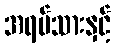
အရပ်သားနှင့်